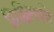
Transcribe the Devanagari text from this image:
सिक्किमकी